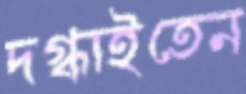
দগ্ধাইতেন